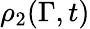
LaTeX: \rho_{2}(\Gamma,t)